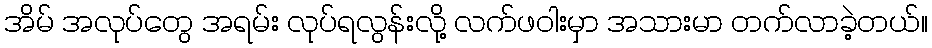
အိမ် အလုပ်တွေ အရမ်း လုပ်ရလွန်းလို့ လက်ဖဝါးမှာ အသားမာ တက်လာခဲ့တယ်။